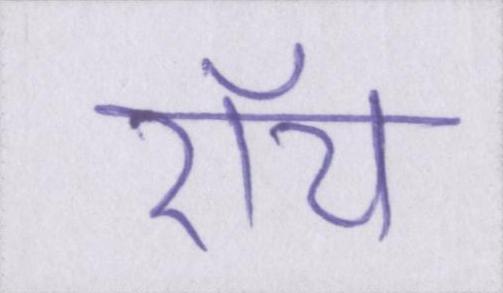
रॉय